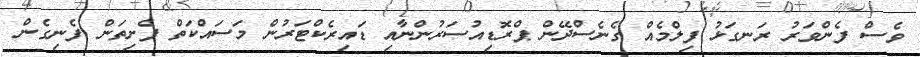
ވެސް ފެންވަރު ރަނގަޅު ފިލްމެއް ގެނެސްދޭން ޕްރޮޑިއުސަރުންނާއި ޑައިރެކްޓަރުން މަސައްކަތް ފެށިތަން ފެނިގެން